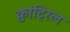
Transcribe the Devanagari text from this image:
क्वांट्रिल